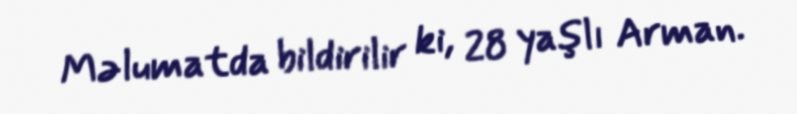
Məlumatda bildirilir ki, 28 yaşlı Arman.